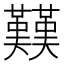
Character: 𱕭